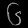
Digit: ၆